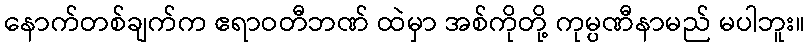
နောက်တစ်ချက်က ဧရာဝတီဘဏ် ထဲမှာ အစ်ကိုတို့ ကုမ္ပဏီနာမည် မပါဘူး။